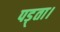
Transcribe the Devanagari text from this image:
पड़्ता।